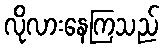
လိုလားနေကြသည်